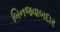
બિનજવાબદાર